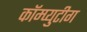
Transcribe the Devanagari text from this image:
कॉम्प्युटीग